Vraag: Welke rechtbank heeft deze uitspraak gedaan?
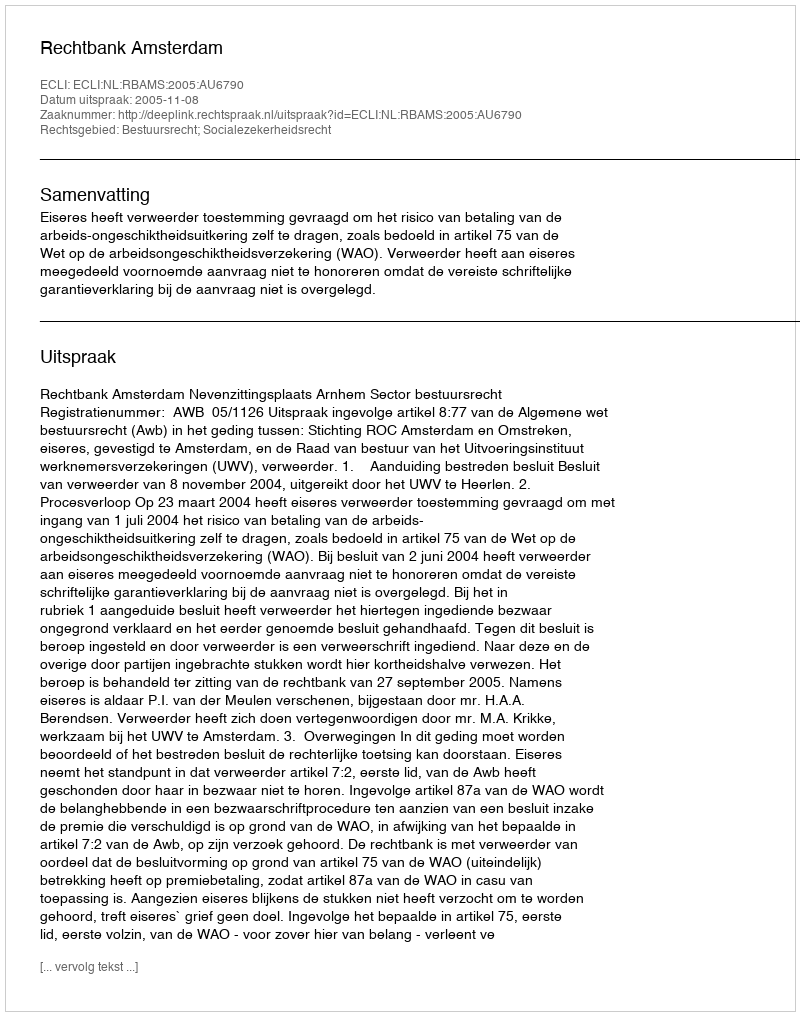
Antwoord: Rechtbank Amsterdam